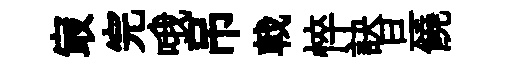
㝡完哦吊戟悴訣旦饒